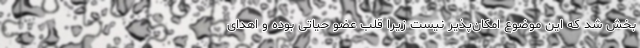
بخش شد که این موضوع امکان‌پذیر نیست زیرا قلب عضو حیاتی بوده و اهدای